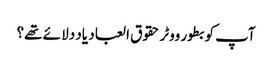
آپ کو بطور ووٹر حقوق العباد یاد دلا ئے تھے؟